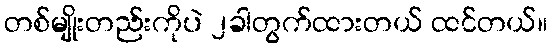
တစ်မျိုးတည်းကိုပဲ ၂ခါတွက်ထားတယ် ထင်တယ်။